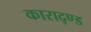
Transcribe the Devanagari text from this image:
काराद्ण्ड